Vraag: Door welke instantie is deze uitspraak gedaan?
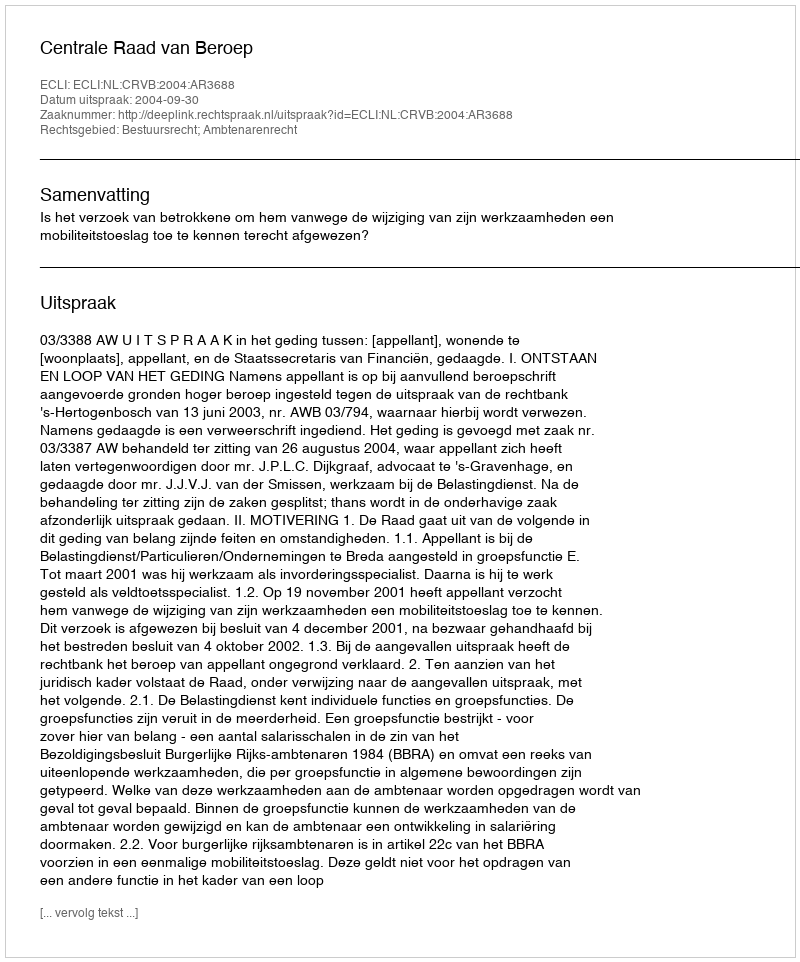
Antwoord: Centrale Raad van Beroep